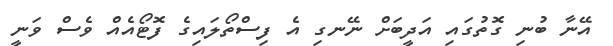
އޭނާ ބުނި ގޮތުގައި އަދީބަށް ނޭނގި އެ ފިސްތޯލައިގެ ފޮޓޯއެއް ވެސް ވަނީ